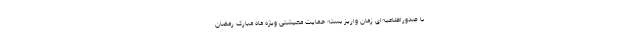
با صدوراطلاعیه‌ای زمان واریز بسته حمایت معیشتی ویژه ماه مبارک رمضان